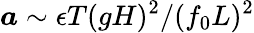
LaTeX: \boldsymbol{a}\sim\epsilon T(gH)^{2}/(f_{0}L)^{2}